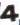
4